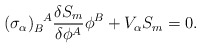
\begin{align*}(\sigma_\alpha)_B^{~~\!A} \frac{\delta S_m}{\delta \phi^A} \phi^B +V_\alpha S_m = 0.\end{align*}